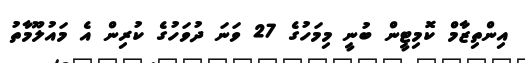
އިންތިޒާމް ކޮމިޓީން ބުނީ މިމަހުގެ 27 ވަނަ ދުވަހުގެ ކުރިން އެ މައުލޫމާތު